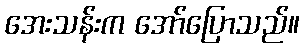
အေးသန်းက အော်ပြောသည်။